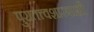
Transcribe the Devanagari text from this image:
पुरातत्त्वशास्त्राशी